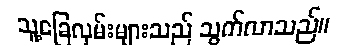
သူ့ခြေလှမ်းများသည် သွက်လာသည်။